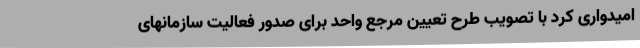
امیدواری کرد با تصویب طرح تعیین مرجع واحد برای صدور فعالیت سازمانهای